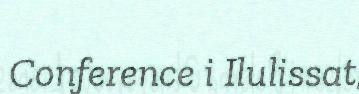
Conference i Ilulissat,